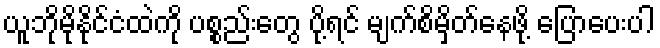
ယူဘိုမိုနိုင်ငံထဲကို ပစ္စည်းတွေ ပို့ရင် မျက်စိမှိတ်နေဖို့ ပြောပေးပါ